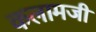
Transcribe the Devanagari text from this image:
कलामजी